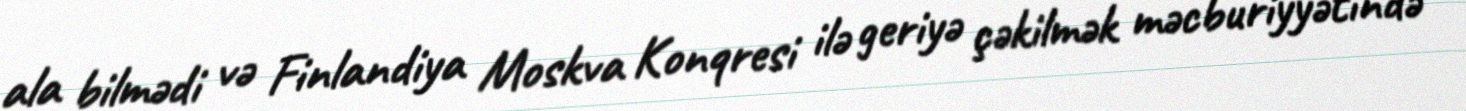
ala bilmədi və Finlandiya Moskva Konqresi ilə geriyə çəkilmək məcburiyyətində